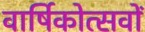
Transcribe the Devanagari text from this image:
वार्षिकोत्सवों